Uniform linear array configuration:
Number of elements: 8
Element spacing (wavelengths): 0.5
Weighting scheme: exponential
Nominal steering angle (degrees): -30
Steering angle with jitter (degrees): -30.196
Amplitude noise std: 0.05
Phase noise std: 0.05

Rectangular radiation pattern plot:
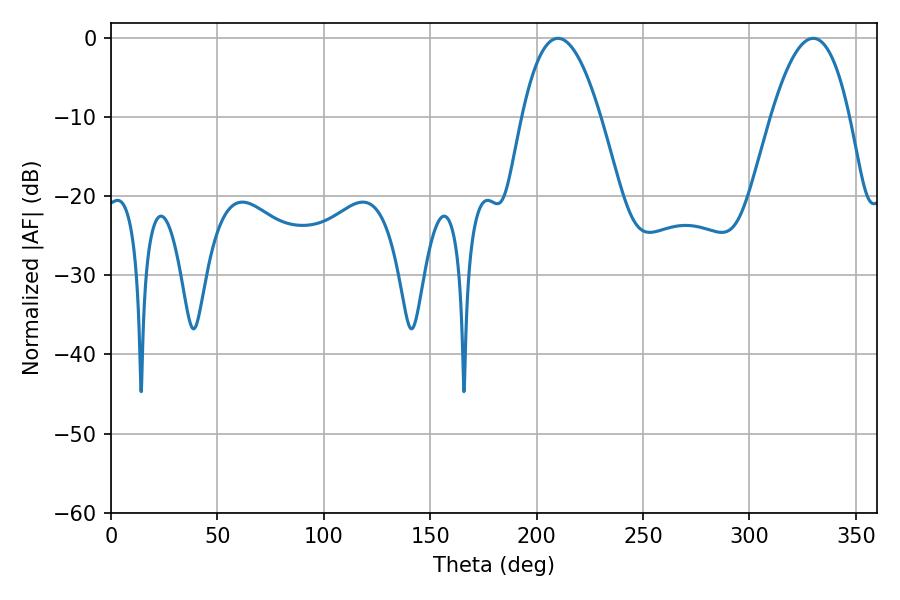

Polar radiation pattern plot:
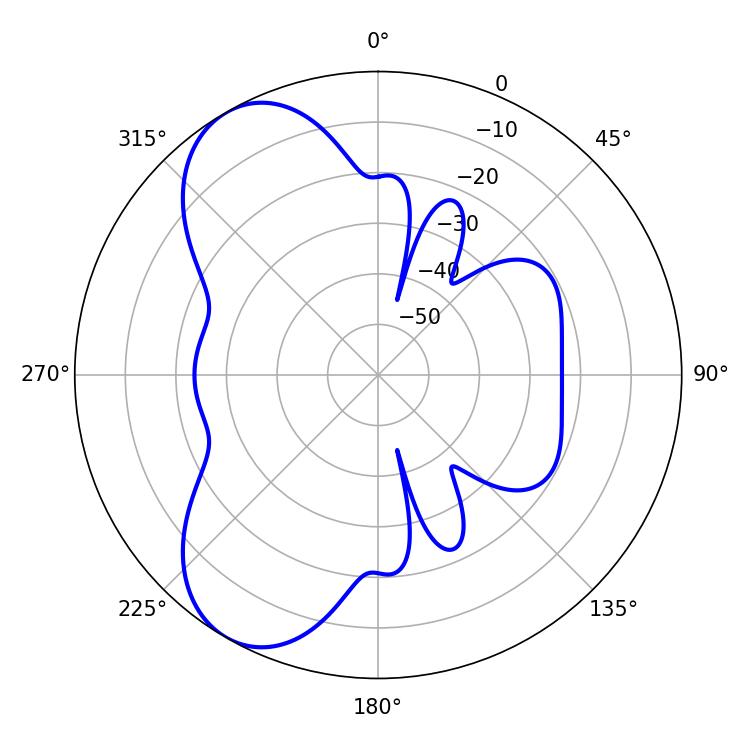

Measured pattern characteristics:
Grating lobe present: FALSE
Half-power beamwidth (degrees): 20.34
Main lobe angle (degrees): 210.06